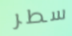
سطر